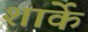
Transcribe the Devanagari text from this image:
शार्के